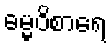
ဓမ္မဝိစာရေ